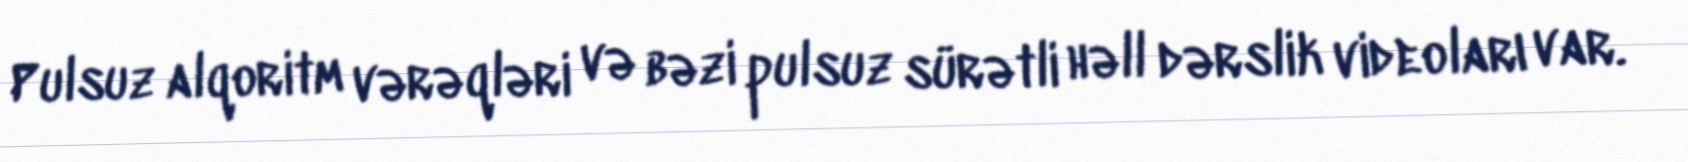
Pulsuz alqoritm vərəqləri və bəzi pulsuz sürətli həll dərslik videoları var.